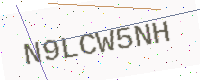
Text: N9LCW5NH